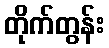
တိုက်တွန်း